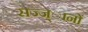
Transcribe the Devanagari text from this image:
सज्ज्ानों